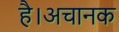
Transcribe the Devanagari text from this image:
है।अचानक